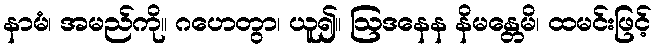
နာမံ၊ အမည်ကို။ ဂဟေတွာ၊ ယူ၍။ ဩဒနေန နိမန္တေမိ၊ ထမင်းဖြင့်